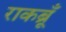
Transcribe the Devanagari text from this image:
राकब्रूँ